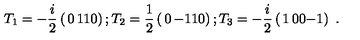
T _ { 1 } = - { \frac { i } { 2 } } \left( \begin{matrix} { 0 } & { 1 } \\ { 1 } & { 0 } \\ \end{matrix} \right) ; T _ { 2 } = { \frac { 1 } { 2 } } \left( \begin{matrix} { 0 } & { - 1 } \\ { 1 } & { 0 } \\ \end{matrix} \right) ; T _ { 3 } = - { \frac { i } { 2 } } \left( \begin{matrix} { 1 } & { 0 } \\ { 0 } & { - 1 } \\ \end{matrix} \right) \ .